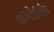
તાઓઈસીચ